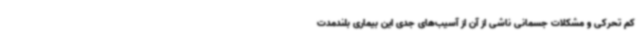
کم تحرکی و مشکلات جسمانی ناشی از آن از آسیب‌های جدی این بیماری بلندمدت